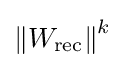
\left\|W_{\text{rec}}\right\|^{k}